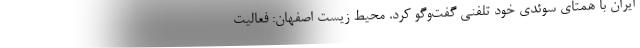
ایران با همتای سوئدی خود تلفنی گفت‌وگو کرد. محیط زیست اصفهان: فعالیت